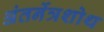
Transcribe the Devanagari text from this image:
अंतर्नेत्रशोथ